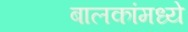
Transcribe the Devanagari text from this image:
बालकांमध्ये